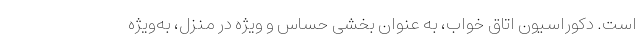
است. دکوراسیون اتاق خواب، به عنوان بخشی حساس و ویژه در منزل، به‌ویژه